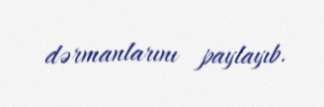
dərmanlarını paylayıb.